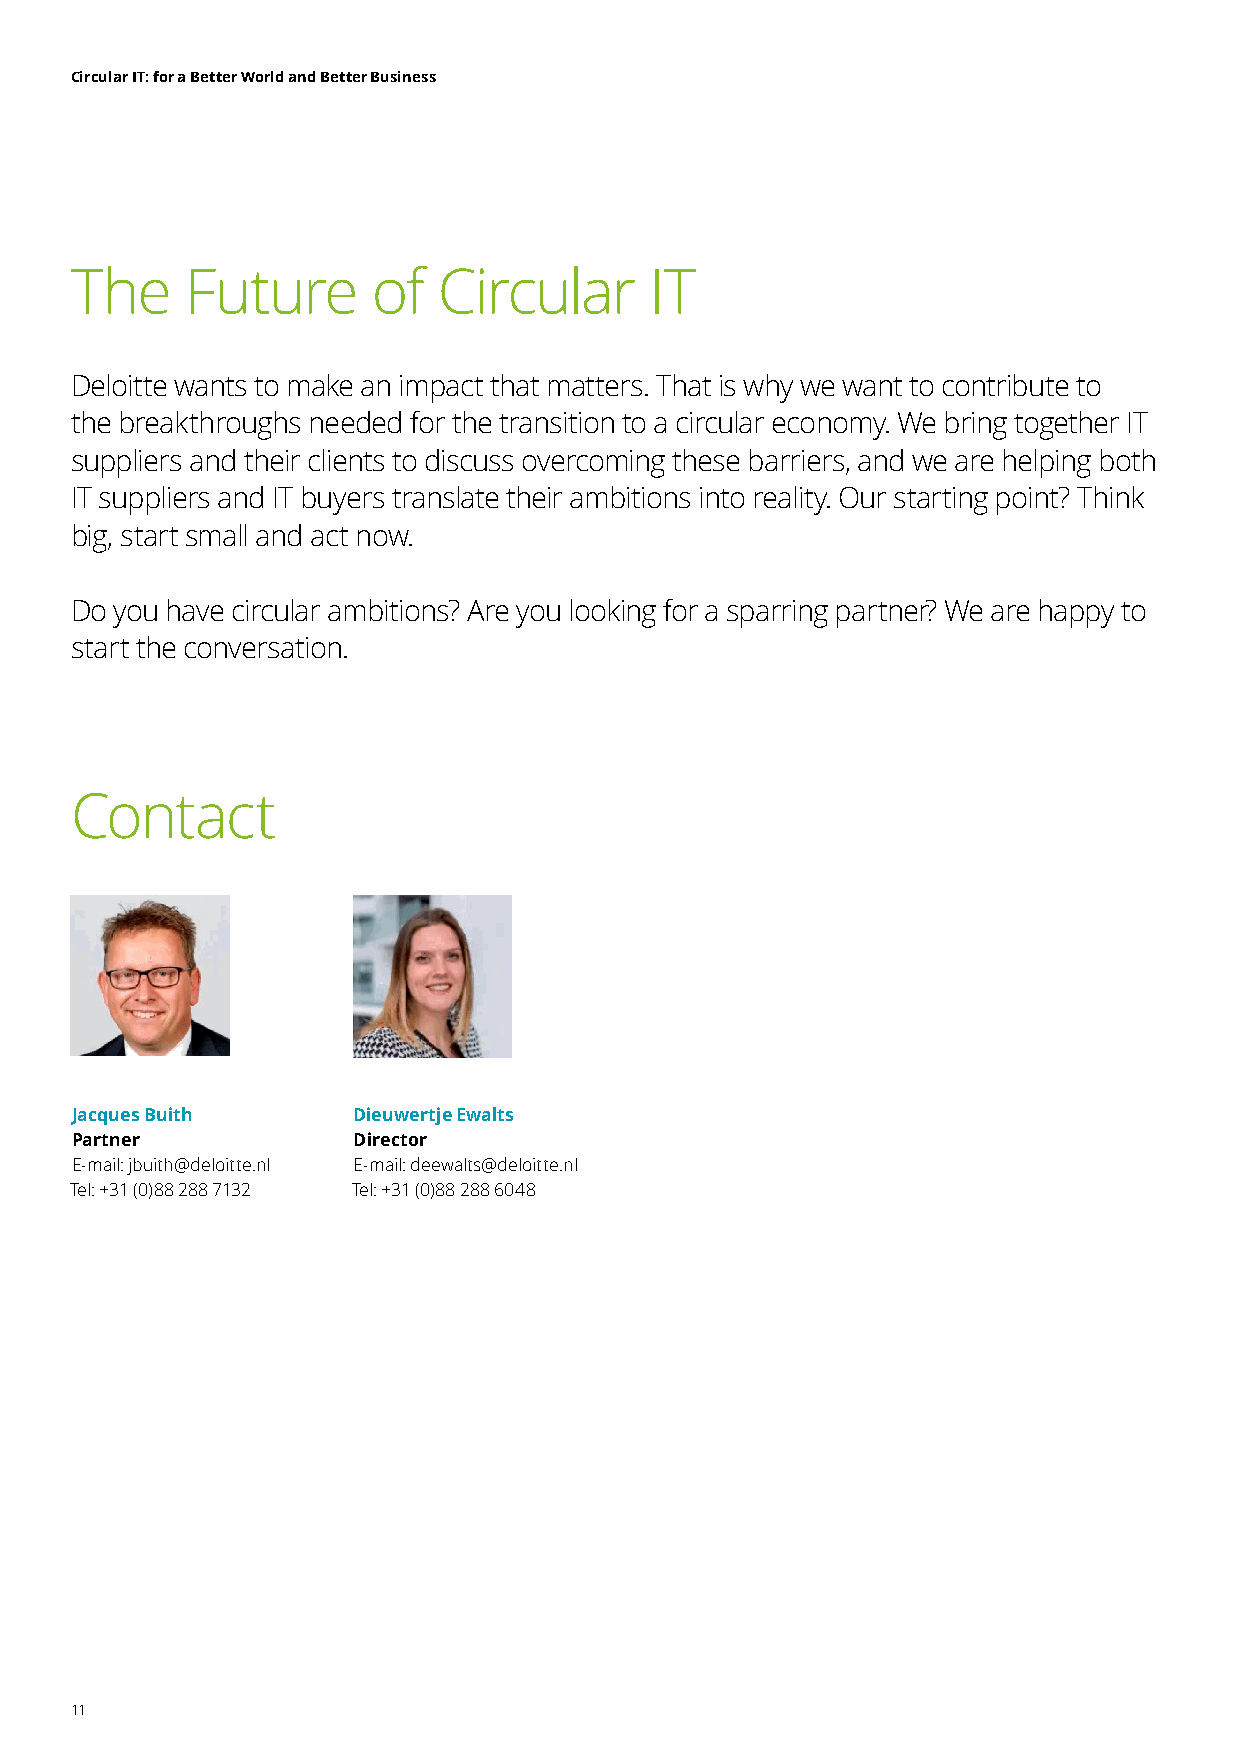
Circular IT: for a Better World and Better Business
 The    Future       of  Circular      IT
 Deloitte wants to make an impact that matters. That is why we want to contribute to
 the breakthroughs needed for the transition to a circular economy. We bring together IT
 suppliers and their clients to discuss overcoming these barriers, and we are helping both
 IT suppliers and IT buyers translate their ambitions into reality. Our starting point? Think
 big, start small and act now.
 Do you have circular ambitions? Are you looking for a sparring partner? We are happy to
 start the conversation.
 Contact
 Jacques Buith     Dieuwertje Ewalts
 Partner           Director
 E-mail: jbuith@deloitte.nl E-mail: deewalts@deloitte.nl
 Tel: +31 (0)88 288 7132 Tel: +31 (0)88 288 6048
 11